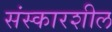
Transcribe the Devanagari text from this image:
संस्कारशील